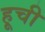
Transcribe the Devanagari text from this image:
हूची